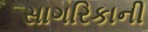
સાગરિકાની